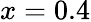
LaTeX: x=0.4